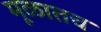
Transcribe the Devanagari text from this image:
मूळातच